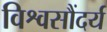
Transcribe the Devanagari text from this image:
विश्वसौंदर्य